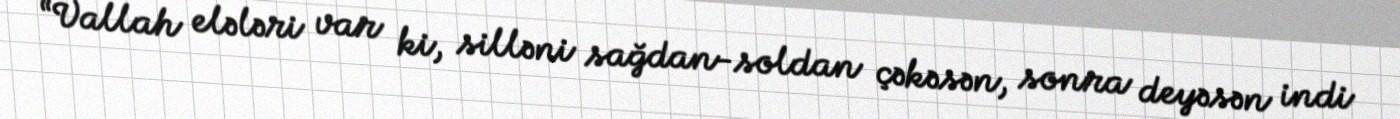
“Vallah elələri var ki, silləni sağdan-soldan çəkəsən, sonra deyəsən indi